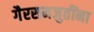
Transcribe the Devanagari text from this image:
गैरसमजुतींना